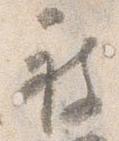
被